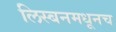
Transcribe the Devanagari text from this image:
लिस्बनमधूनच